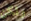
ولكن